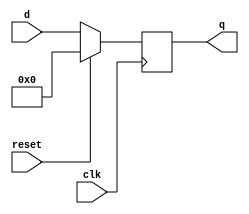
module D_FF_26bit (q, d, clk, reset);

output [26-1:0] q;
input  [26-1:0] d;
input  clk, reset;

reg    [26-1:0] q;

always @ (negedge clk) begin
    if(reset)
        q <= 1'b0;
    else 
	    q <= d;
end
endmodule